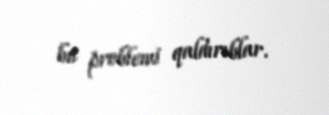
bu problemi qaldırıblar.